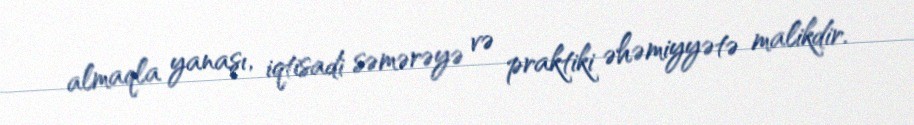
almaqla yanaşı, iqtisadi səmərəyə və praktiki əhəmiyyətə malikdir.